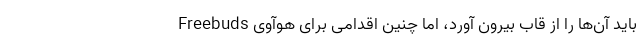
باید آن‌ها را از قاب بیرون آورد، اما چنین اقدامی برای هوآوی Freebuds